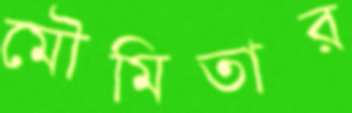
মৌমিতার